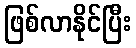
ဖြစ်လာနိုင်ပြီး